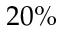
2 0 \%